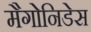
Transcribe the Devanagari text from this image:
मैगोनिडेस